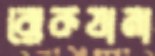
রোকযানা